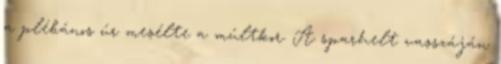
a plébános úr mesélte a múltkor. A sparhelt vasszáján